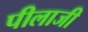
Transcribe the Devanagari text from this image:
पीलाजी